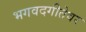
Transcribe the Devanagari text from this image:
भगवदगीतेवर